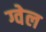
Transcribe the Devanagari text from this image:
ग्वेल